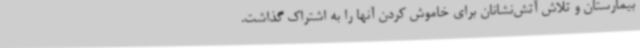
بیمارستان و تلاش آتش‌نشانان برای خاموش کردن آنها را به اشتراک گذاشت.